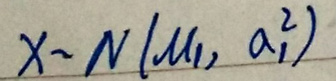
$X\sim N(\mu_1, \sigma_1^{2})$